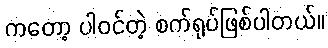
ကတော့ ပါဝင်တဲ့ စက်ရုပ်ဖြစ်ပါတယ်။